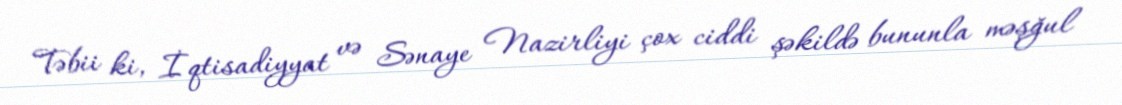
Təbii ki, İqtisadiyyat və Sənaye Nazirliyi çox ciddi şəkildə bununla məşğul